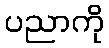
ပညာကို